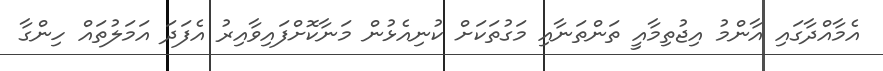
އެމާއްދާގައި އާންމު އިޖުތިމާއީ ތަންތަނާއި މަގުތަކަށް ކުނިއެޅުން މަނާކޮށްފައިވާއިރު އެފަދަ އަމަލުތައް ހިންގާ